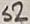
Text: S2